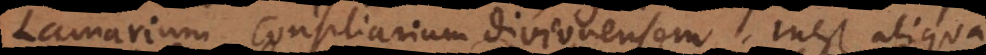
Lamarium consiliarium Divionensem, inest aliqua